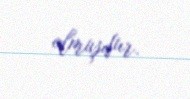
olmuşdur.